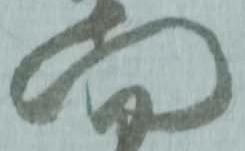
門